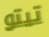
تيتو